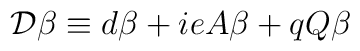
{\cal{D}} \beta \equiv d\beta +ieA \beta + q Q \beta